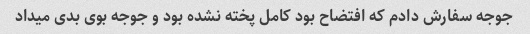
جوجه سفارش دادم که افتضاح بود کامل پخته نشده بود و جوجه بوی بدی میداد